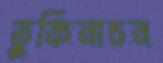
তুর্কিনাচন